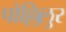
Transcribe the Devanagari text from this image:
पोल्लिलुर